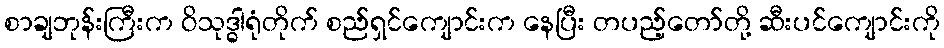
စာချဘုန်းကြီးက ဝိသုဒ္ဓါရုံတိုက် စည်ရှင်ကျောင်းက နေပြီး တပည့်တော်တို့ ဆီးပင်ကျောင်းကို